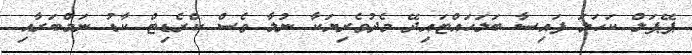
ޕޭޕަލް ކަހަލަ ފައިސާ ބަލަހައްޓައިދޭ މެދުވެރިޔަކާ ނުލާ ވެސް ކްރެޑިޓް ކާޑު ނަމްބަރާއި